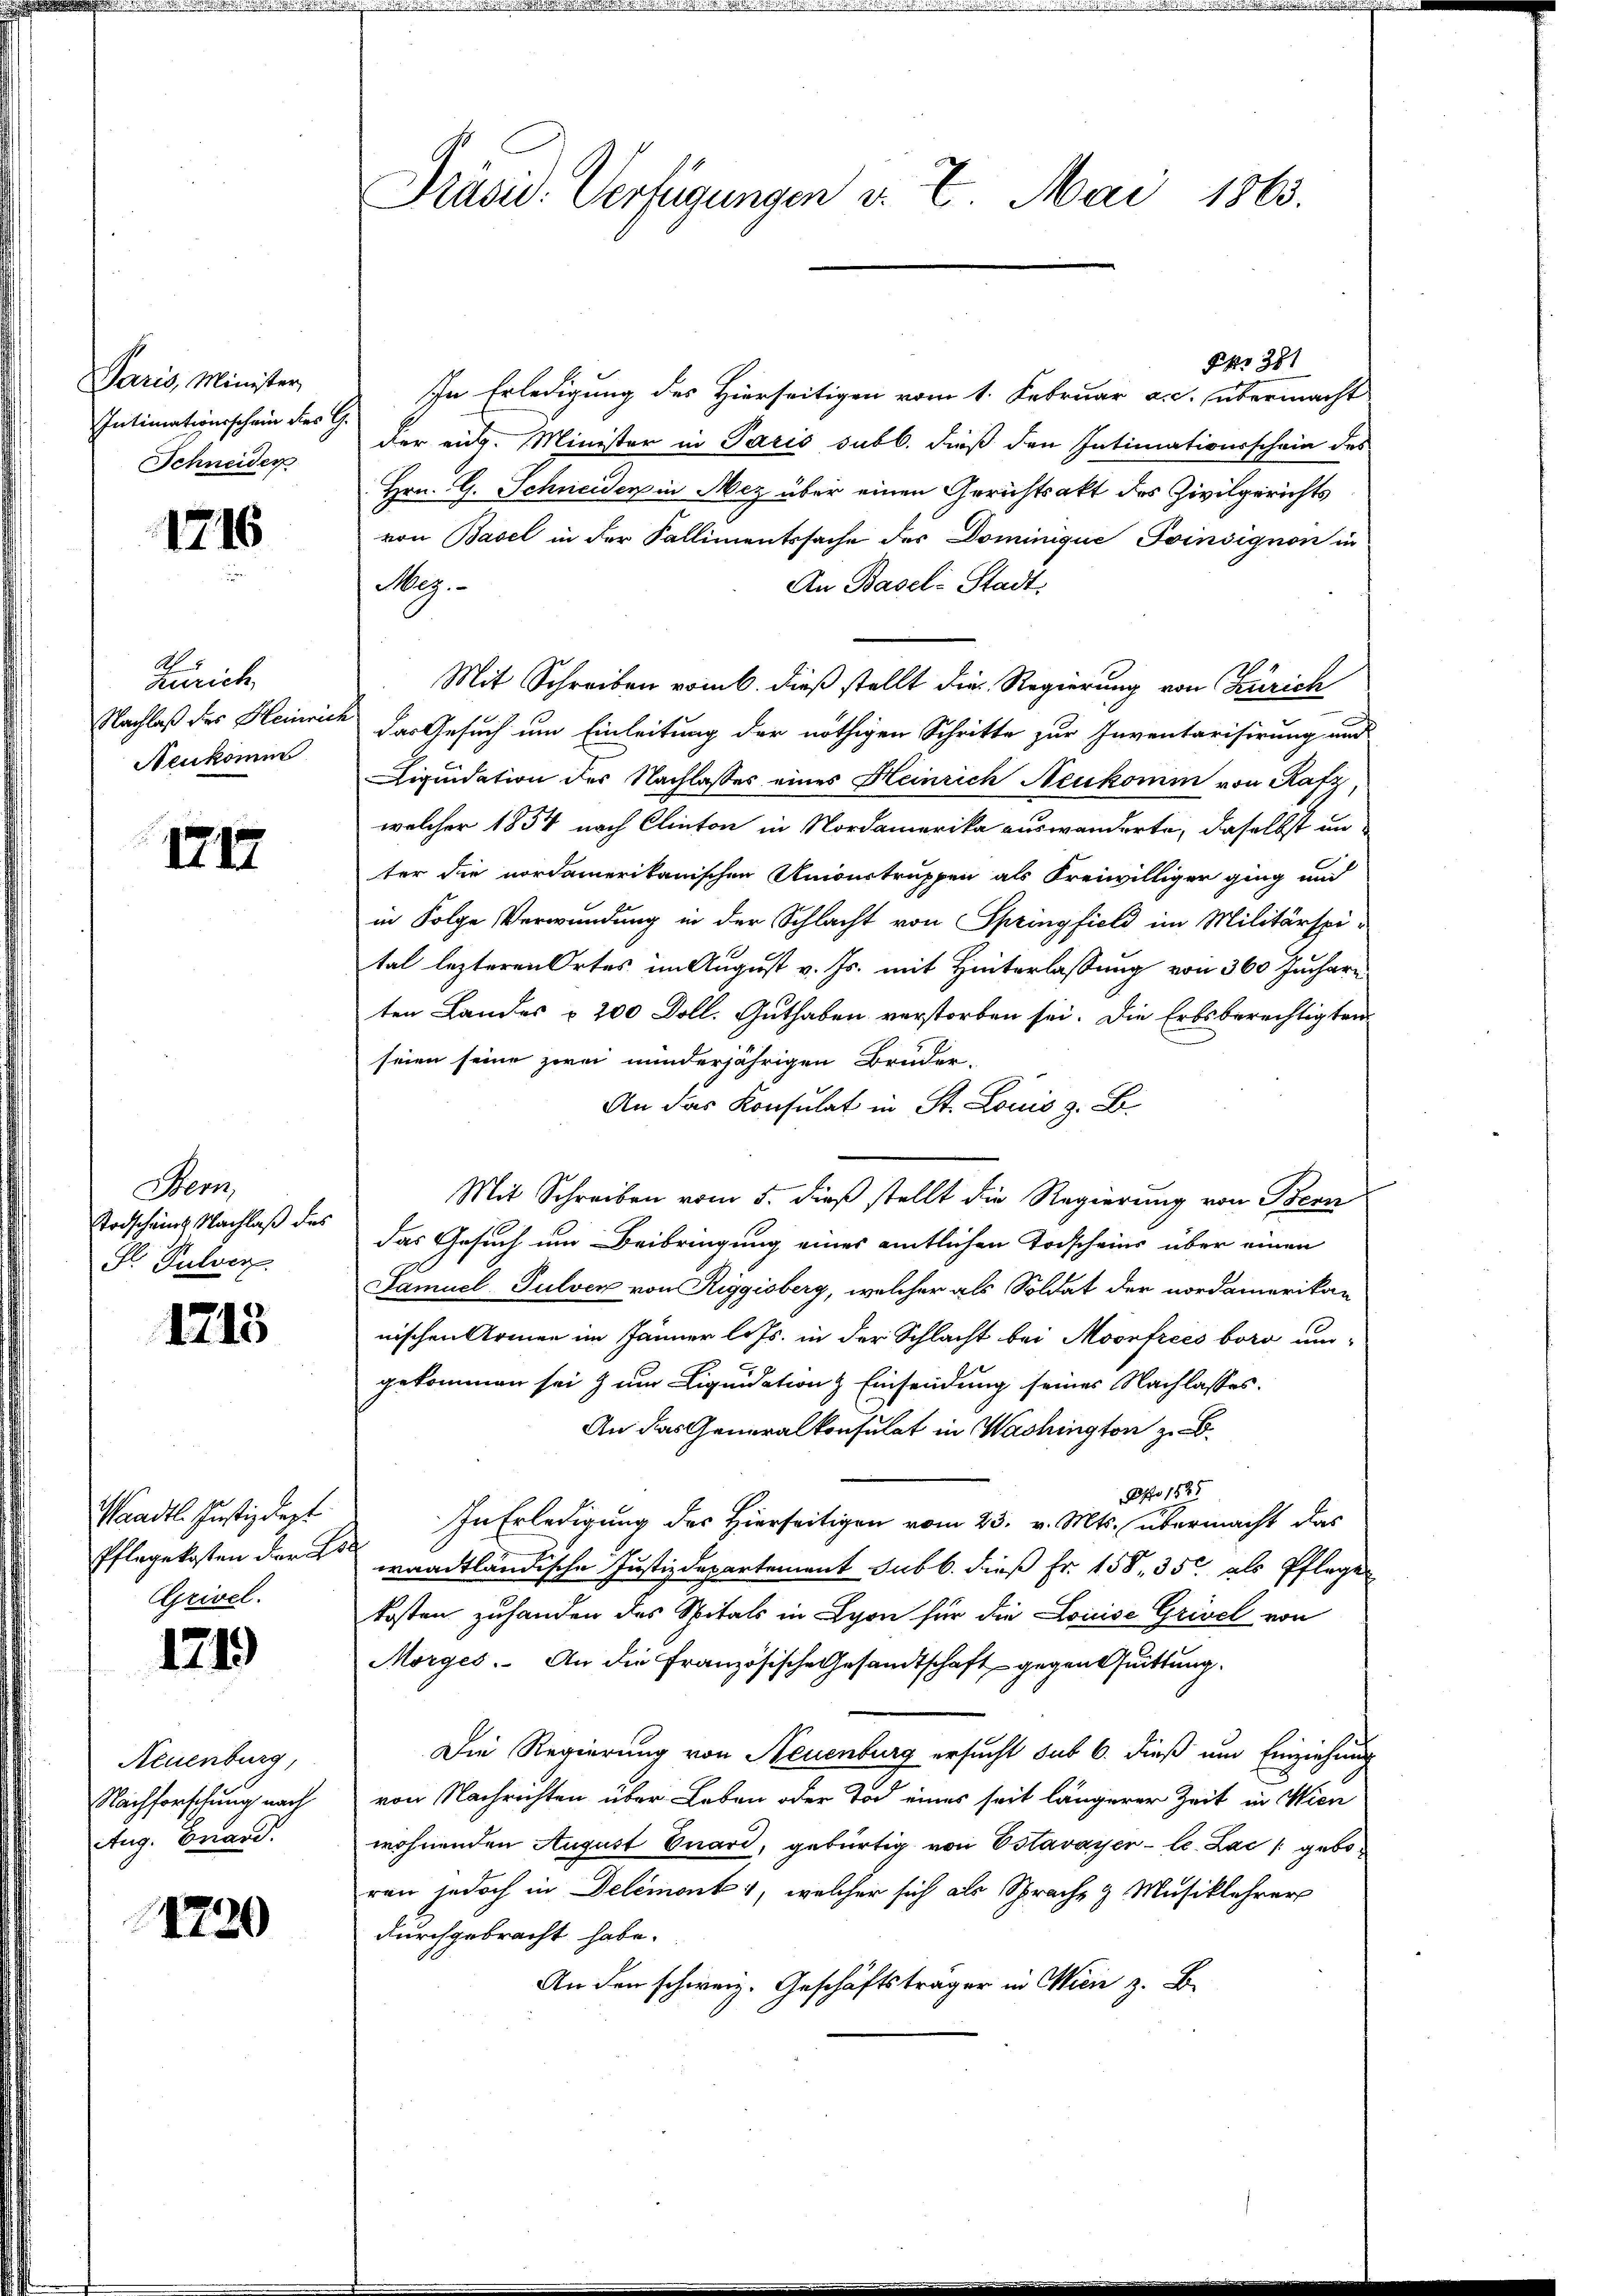
Paris, Minister
Intimationsschein des G
Schneider

1716

Ao. 1
Zürich
Nachlaß des Heinrich
Neukomm

1717

Stem
Todscheint. Nachlaß das
S. Pulver.

1213

Waadt. Justizdept
Pflegekosten der Es
Grivel.

1719

Neuenburg,
Nachforschung nach
Aug. Enard.

1720

Präsid. Verfügungen v. 7. Mai 1863.

Fr 381
In Erledigung des Hierseitigen vom 1. Februar a. c. übermacht
der aug. Minister in Paris subl. dieß den Intimationsschein des
Hrn. G. Schneiden in Mez über einen Gerichtsakt des Zivilgerichts
von Basel in der Fallimentssache des Dominique Poinsignon in
An Basel-Stadt.
Meg.
Mit Schreiben vom 6. dieß stellt die Regierung von Zürich
das Gesuch um Einleitung der nöthigen Schritte zur Inventarisirung und
Liquidation des Nachlasses eines Heinrich Neukomm von Rafz
welcher 1854 nach Clinton in Nordamerika auswanderte, daselbst unter die nordamerikanischen Unionstruppen als Freiwilliger ging und
in Folge Verwundung in der Schlacht von Springfield im Militärspi-
tal lezteren Ortes im August v. Js. mit Hinterlassung von 360 Juchare
ten Landes § 200 Doll. Guthaben verstorben sei. Die Erbsberechtigten
seien seine zwei minderjährigen Bruder-
An das Konsulat in St. Louis z. B.
Mit Schreiben vom 5. dieß stellt die Regierung von Bern
das Gesuch um Beibringung eines amtlichen Todscheins über einen
Samuel Pulver von Riggisberg, welcher als Soldat der nordamerikan
nischen Armen im Jänner lits. in der Schlacht bei Moonfrécs boro um-
gekommen sei zum Liquidation & Einsendung seines Nachlasses.
An das Generalkonsulat in Wachington z. B.
Pfo 1525
In Erledigung des Hierseitigen vom 23. v. Mts. übermacht das
waadtländische Justizdepartement sub b. dieß Fr. 158, 350 als Pflegen
kosten zuhanden des Spitals in Lyon für die Louise Grisel von
Morges. An die Französische Gesandtschaft gegen Quittung.
Die Regierung von Neuenburg ersucht sub 6. dieß um Einziehung
von Nachrichten über Leben oder Tod eines seit längerer Zeit in Wien
wohnenden August Cuard, gebürtig von Estavayer - le. Lac / geboren jedoch in Delémonti, welcher sich als Sprache & Musiklehrer
durchgebracht habe.
An den schweiz. Geschäftsträger in Wicie z. B.